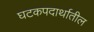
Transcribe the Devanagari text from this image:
घटकपदार्थातील